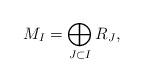
LaTeX: \begin{align*}M_{I} = \bigoplus_{J\subset I} R_{J},\end{align*}